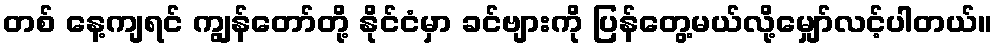
တစ် နေ့ကျရင် ကျွန်တော်တို့ နိုင်ငံမှာ ခင်ဗျားကို ပြန်တွေ့မယ်လို့မျှော်လင့်ပါတယ်။